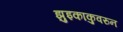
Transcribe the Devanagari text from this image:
झुइकाकुवरुन